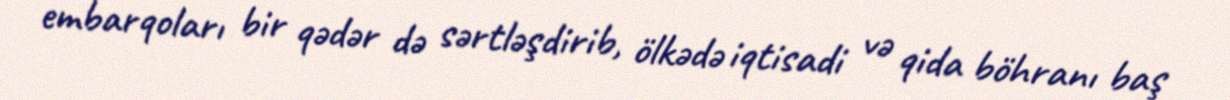
embarqoları bir qədər də sərtləşdirib, ölkədə iqtisadi və qida böhranı baş